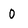
Character: 0